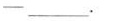
-____.